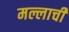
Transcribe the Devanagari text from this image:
मल्लाची